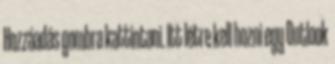
Hozzáadás gombra kattintani. Itt létre kell hozni egy Outlook